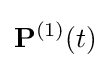
\mathbf {P} ^{(1)}(t)